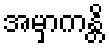
အမှာကန္တိ